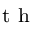
^ \mathrm { ~ t ~ h ~ }